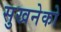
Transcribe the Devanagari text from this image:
सुखनेको